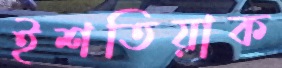
ইশতিয়াক